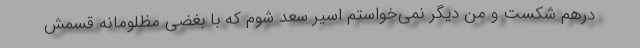
درهم شکست و من دیگر نمی‌خواستم اسیر سعد شوم که با بغضی مظلومانه قسمش